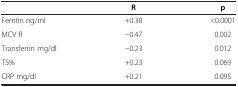
<table><thead><tr><td><b> </b></td><td><b>R</b></td><td><b>p</b></td></tr></thead><tbody><tr><td>Ferritin ng/ml</td><td>+0.38</td><td>&lt;0.0001</td></tr><tr><td>MCV fl</td><td>−0.47</td><td>0.002</td></tr><tr><td>Transferrin mg/dl</td><td>−0.23</td><td>0.012</td></tr><tr><td>TS%</td><td>+0.23</td><td>0.069</td></tr><tr><td>CRP mg/dl</td><td>+0.21</td><td>0.095</td></tr></tbody></table>